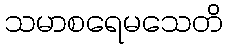
သမာစရေမသေတိ